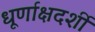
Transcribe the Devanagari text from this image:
धूर्णाक्षदर्शी